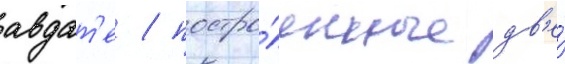
авдат'е / постро́енные дв'е́